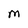
Character: M